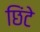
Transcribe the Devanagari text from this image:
छिंटे